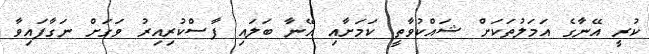
ކުރީ އޭނާގެ އަމަލުތަކަށް ޝައްކުވާތީ ކަމަށާއި އޭނާ ބަލައި ފާސްކުރިއިރު ވަގަށް ނަގާފައިވާ